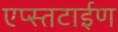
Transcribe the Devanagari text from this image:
एप्स्तटाईण